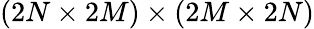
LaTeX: (2N\times 2M)\times(2M\times 2N)